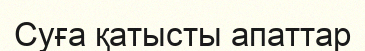
Суға қатысты апаттар